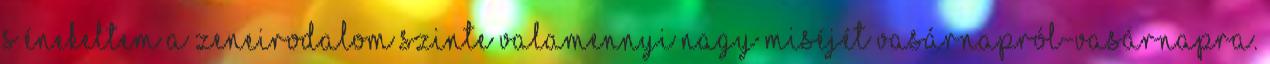
s énekeltem a zeneirodalom szinte valamennyi nagy miséjét vasárnapról-vasárnapra.